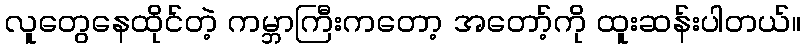
လူတွေနေထိုင်တဲ့ ကမ္ဘာကြီးကတော့ အတော့်ကို ထူးဆန်းပါတယ်။